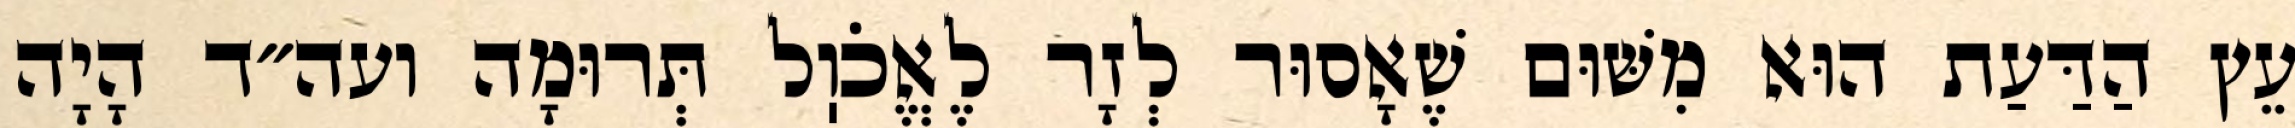
עֵץ הַדַּעַת הוּא מִשּׁוּם שֶׁאָסוּר לְזָר לֶאֱכֹוֽל תְּרוּמָה ועה״ד הָיָה